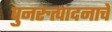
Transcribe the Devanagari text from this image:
पुनरुत्पादनाचे